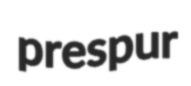
prespur